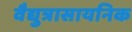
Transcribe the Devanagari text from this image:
वैद्युत्रासायनिक